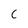
Character: C